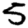
Digit: 5